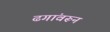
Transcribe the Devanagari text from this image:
ढगांवरून